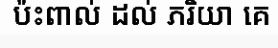
ប៉ះពាល់ ដល់ ភរិយា គេ